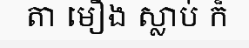
តា មឿង ស្លាប់ ក៏